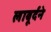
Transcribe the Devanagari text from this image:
लाबूर्दने